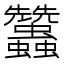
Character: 𧖟